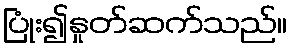
ပြုံး၍နှုတ်ဆက်သည်။